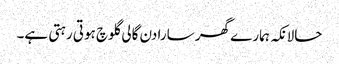
حالانکہ ہمارے گھر سارا دن گالی گلوچ ہوتی رہتی ہے۔